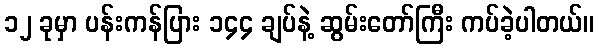
၁၂ ခုမှာ ပန်းကန်ပြား ၁၄၄ ချပ်နဲ့ ဆွမ်းတော်ကြီး ကပ်ခဲ့ပါတယ်။